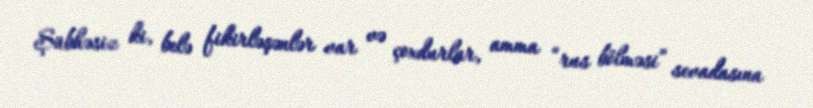
Şübhəsiz ki, belə fikirləşənlər var və çoxdurlar, amma “rus bölməsi” sevadasına